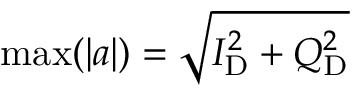
\operatorname* { m a x } ( \lvert a \rvert ) = \sqrt { I _ { \mathrm { D } } ^ { 2 } + Q _ { \mathrm { D } } ^ { 2 } }